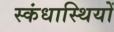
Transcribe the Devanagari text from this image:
स्कंधास्थियों